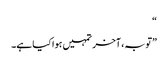
“
”توبہ، آخر تمہیں ہوا کیا ہے۔